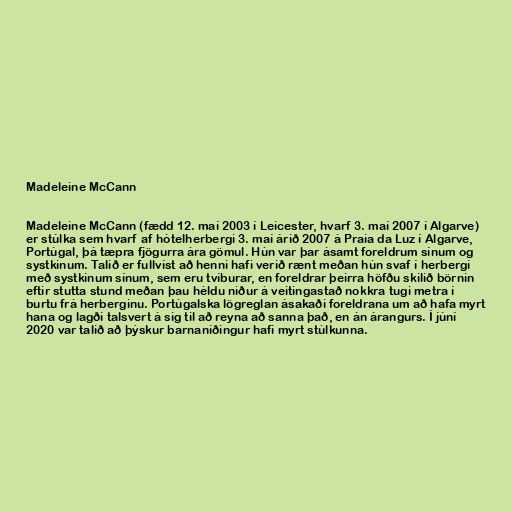
Madeleine McCann

Madeleine McCann (fædd 12. maí 2003 í Leicester, hvarf 3. maí 2007 í Algarve)
er stúlka sem hvarf af hótelherbergi 3. maí árið 2007 á Praia da Luz í Algarve,
Portúgal, þá tæpra fjögurra ára gömul. Hún var þar ásamt foreldrum sínum og
systkinum. Talið er fullvíst að henni hafi verið rænt meðan hún svaf í herbergi
með systkinum sínum, sem eru tvíburar, en foreldrar þeirra höfðu skilið börnin
eftir stutta stund meðan þau héldu niður á veitingastað nokkra tugi metra í
burtu frá herberginu. Portúgalska lögreglan ásakaði foreldrana um að hafa myrt
hana og lagði talsvert á sig til að reyna að sanna það, en án árangurs. Í júní
2020 var talið að þýskur barnaníðingur hafi myrt stúlkunna.